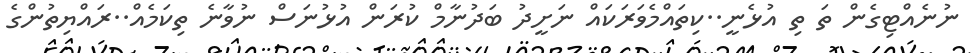
ނުނެއްޓިގެން ތަ ތި އުޅެނީ..ކިތައްމެވަރަކައް ނަށީދު ބަދުނާމް ކުރަން އުޅުނަސް ނުވާނެ ތިކަމެއް..ރައްޔިތުންގެ